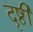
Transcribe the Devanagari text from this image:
दृष्ठी